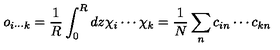
o _ { i \cdots k } = \frac { 1 } { R } \int _ { 0 } ^ { R } d z \chi _ { i } \cdots \chi _ { k } = \frac { 1 } { N } \sum _ { n } c _ { i n } \cdots c _ { k n }